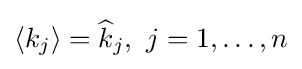
\langle k_{j}\rangle ={\widehat {k}}_{j},\ j=1,\ldots ,n